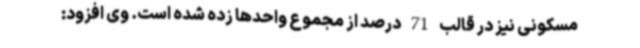
مسکونی نیز در قالب 71 درصد از مجموع واحدها زده شده است. وی افزود: